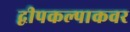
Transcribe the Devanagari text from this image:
द्वीपकल्पाकवर